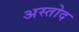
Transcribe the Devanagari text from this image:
अस्तोद